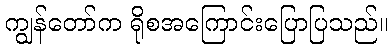
ကျွန်တော်က ရိုစအကြောင်းပြောပြသည်။